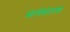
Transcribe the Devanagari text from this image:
साचेबंदपणा